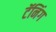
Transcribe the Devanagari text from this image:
टॅनिंग